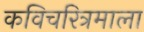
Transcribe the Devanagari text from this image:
कविचरित्रमाला